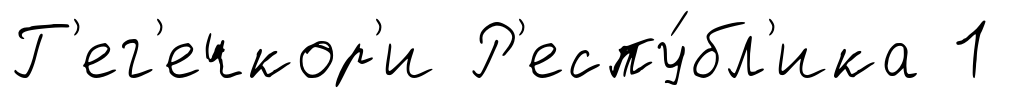
Г'ег'ечкор'и Р'еспу́бл'ика 1